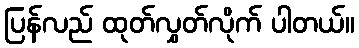
ပြန်လည် ထုတ်လွှတ်လိုက် ပါတယ်။